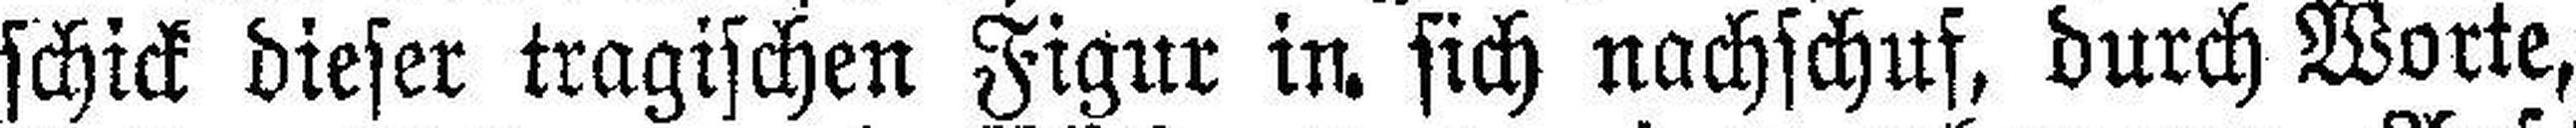
schick dieser tragischen Figur in sich nachschuf, durch Worte,